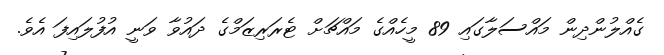
ގެއްލުންދިން މައްސަލާގައި 89 މީހެއްގެ މައްޗަށް ޓެރަރިޒަމްގެ ދައުވާ ވަނީ އުފުލައިފަ އެވެ.